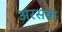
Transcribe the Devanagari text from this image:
अरसक